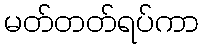
မတ်တတ်ရပ်ကာ